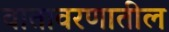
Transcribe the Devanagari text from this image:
वातावरणातील